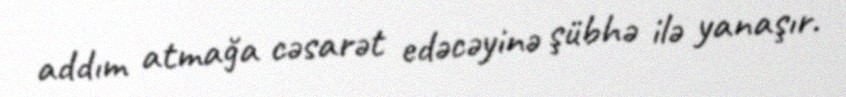
addım atmağa cəsarət edəcəyinə şübhə ilə yanaşır.